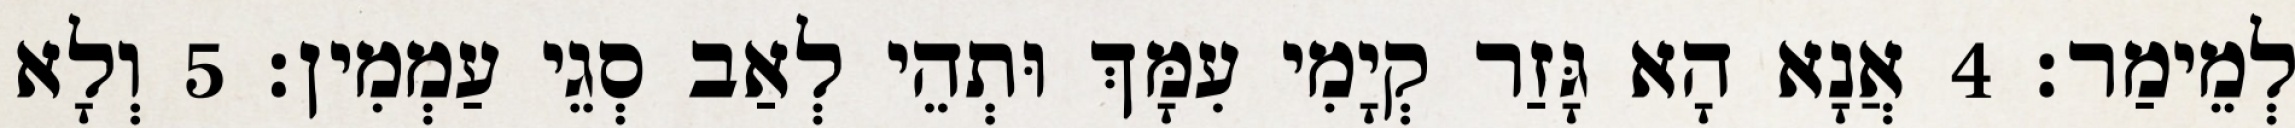
לְמֵימַר׃ 4 אֲנָא הָא גָּזַר קְיָמִי עִמָּךְ וּתְהֵי לְאַב סְגֵי עַמְמִין׃ 5 וְלָא